Report of the Indian Hemp Drugs Commission, 1894-1895 - Volume I
Year: 1894
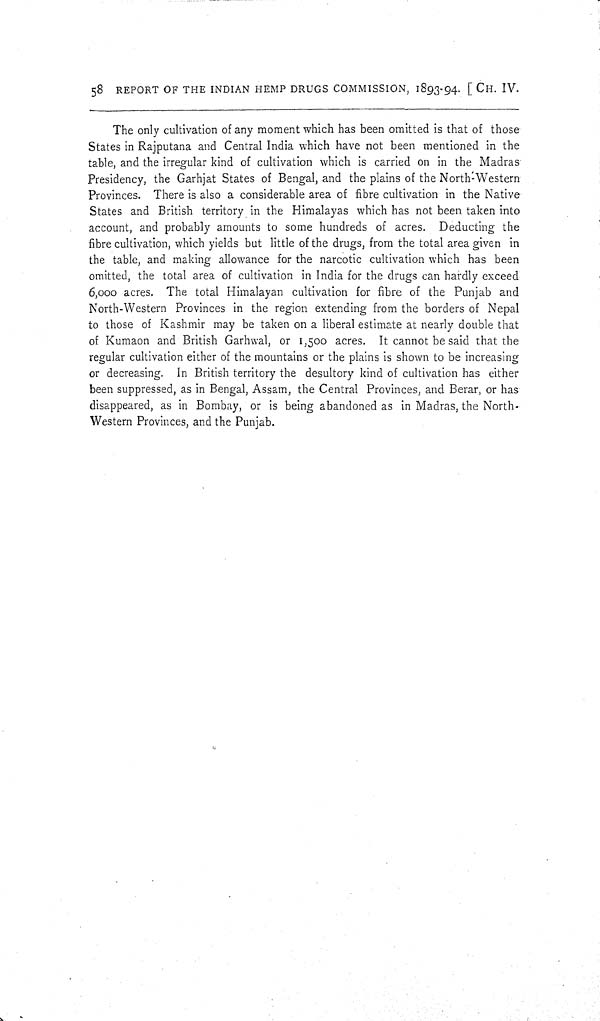
58 REPORT OF THE INDIAN HEMP DRUGS COMMISSION, 1893-94. [CH. IV.
The only cultivation of any moment which has been omitted is that of those
States in Rajputana and Central India which have not been mentioned in the
table, and the irregular kind of cultivation which is carried on in the Madras
Presidency, the Garhjat States of Bengal, and the plains of the North-Western
Provinces. There is also a considerable area of fibre cultivation in the Native
States and British territory in the Himalayas which has not been taken into
account, and probably amounts to some hundreds of acres. Deducting the
fibre cultivation, which yields but little of the drugs, from the total area given in
the table, and making allowance for the narcotic cultivation which has been
omitted, the total area of cultivation in India for the drugs can hardly exceed
6,000 acres. The total Himalayan cultivation for fibre of the Punjab and
North-Western Provinces in the region extending from the borders of Nepal
to those of Kashmir may be taken on a liberal estimate at nearly double that
of Kumaon and British Garhwal, or 1,500 acres. It cannot be said that the
regular cultivation either of the mountains or the plains is shown to be increasing
or decreasing. In British territory the desultory kind of cultivation has either
been suppressed, as in Bengal, Assam, the Central Provinces, and Berar, or has
disappeared, as in Bombay, or is being abandoned as in Madras, the North-
-estern Provinces, and the Punjab.